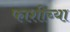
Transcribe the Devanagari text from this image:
फाशीच्या